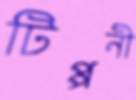
টিপ্পনী